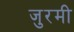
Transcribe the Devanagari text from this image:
जुरमी